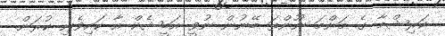
ކަރިޝްމާ ގެ މަންމަ ނޫންތަ ބޭނުން ނުވީ އަބީޝެކް އާ ކައިވެނި ކުރަން.